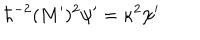
\hbar ^ { - 2 } ( M ^ { \prime } ) ^ { 2 } \psi ^ { \prime } = \kappa ^ { 2 } \psi ^ { \prime }